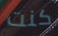
كنت